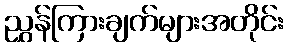
ညွှန်ကြားချက်များအတိုင်း